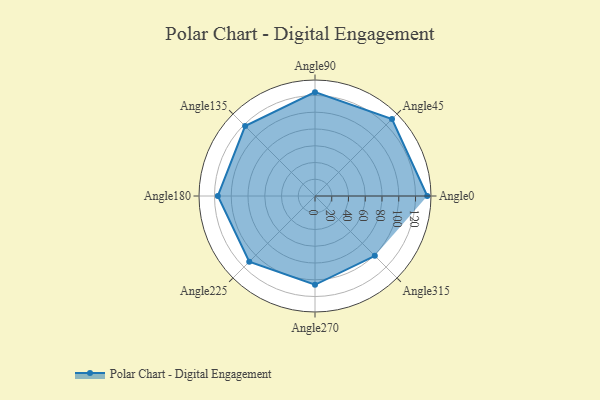
{"axis": {"x": "Angle", "y": "Radius"}, "legend": [""], "data": [{"x": "Angle0", "y": 134.0, "type": ""}, {"x": "Angle45", "y": 130.0, "type": ""}, {"x": "Angle90", "y": 124.0, "type": ""}, {"x": "Angle135", "y": 118.0, "type": ""}, {"x": "Angle180", "y": 116.0, "type": ""}, {"x": "Angle225", "y": 111.0, "type": ""}, {"x": "Angle270", "y": 106.0, "type": ""}, {"x": "Angle315", "y": 101.0, "type": ""}]}